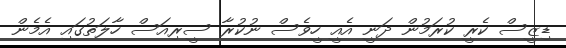
ޑިޒީސް ކެރީ ކުރަމުން ދަނީ އެއީ ހީވެސް ނުކުރާ ސީރިއަސް ހާލަތުގައި އެމެން